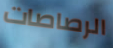
الرصاصات